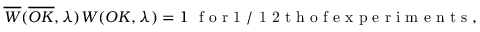
\overline { { W } } ( \overline { { O K } } , \lambda ) W ( O K , \lambda ) = 1 \ \mathrm { ~ f ~ o ~ r ~ 1 ~ / ~ 1 ~ 2 ~ t ~ h ~ o ~ f ~ e ~ x ~ p ~ e ~ r ~ i ~ m ~ e ~ n ~ t ~ s ~ } ,